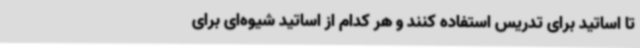
تا اساتید برای تدریس استفاده کنند و هر کدام از اساتید شیوه‌ای برای